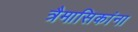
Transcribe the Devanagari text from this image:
त्रैमासिकांना